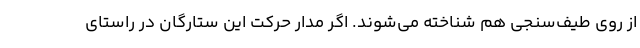
از روی طیف‌سنجی هم شناخته می‌شوند. اگر مدار حرکت این ستارگان در راستای